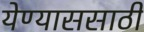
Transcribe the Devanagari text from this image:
येण्याससाठी